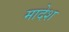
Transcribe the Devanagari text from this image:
मादेश